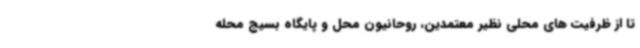
تا از ظرفیت های محلی نظیر معتمدین، روحانیون محل و پایگاه بسیج محله